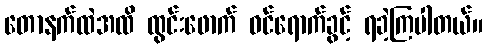
တောနက်ထဲအထိ ထွင်းဖောက် ဝင်ရောက်ခွင့် ရခဲ့ကြပါတယ်။